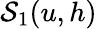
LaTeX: \mathcal{S}_{1}(u,h)